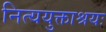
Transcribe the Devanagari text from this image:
नित्ययुक्ताश्रयः